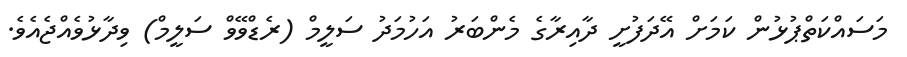
މަސައްކަތްޕުޅުން ކަމަށް އޭދަފުށީ ދާއިރާގެ މެންބަރު އަހުމަދު ސަލީމް (ރެޑްވޭވް ސަލީމް) ވިދާޅުވެއްޖެއެވެ.